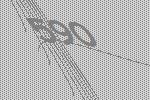
590